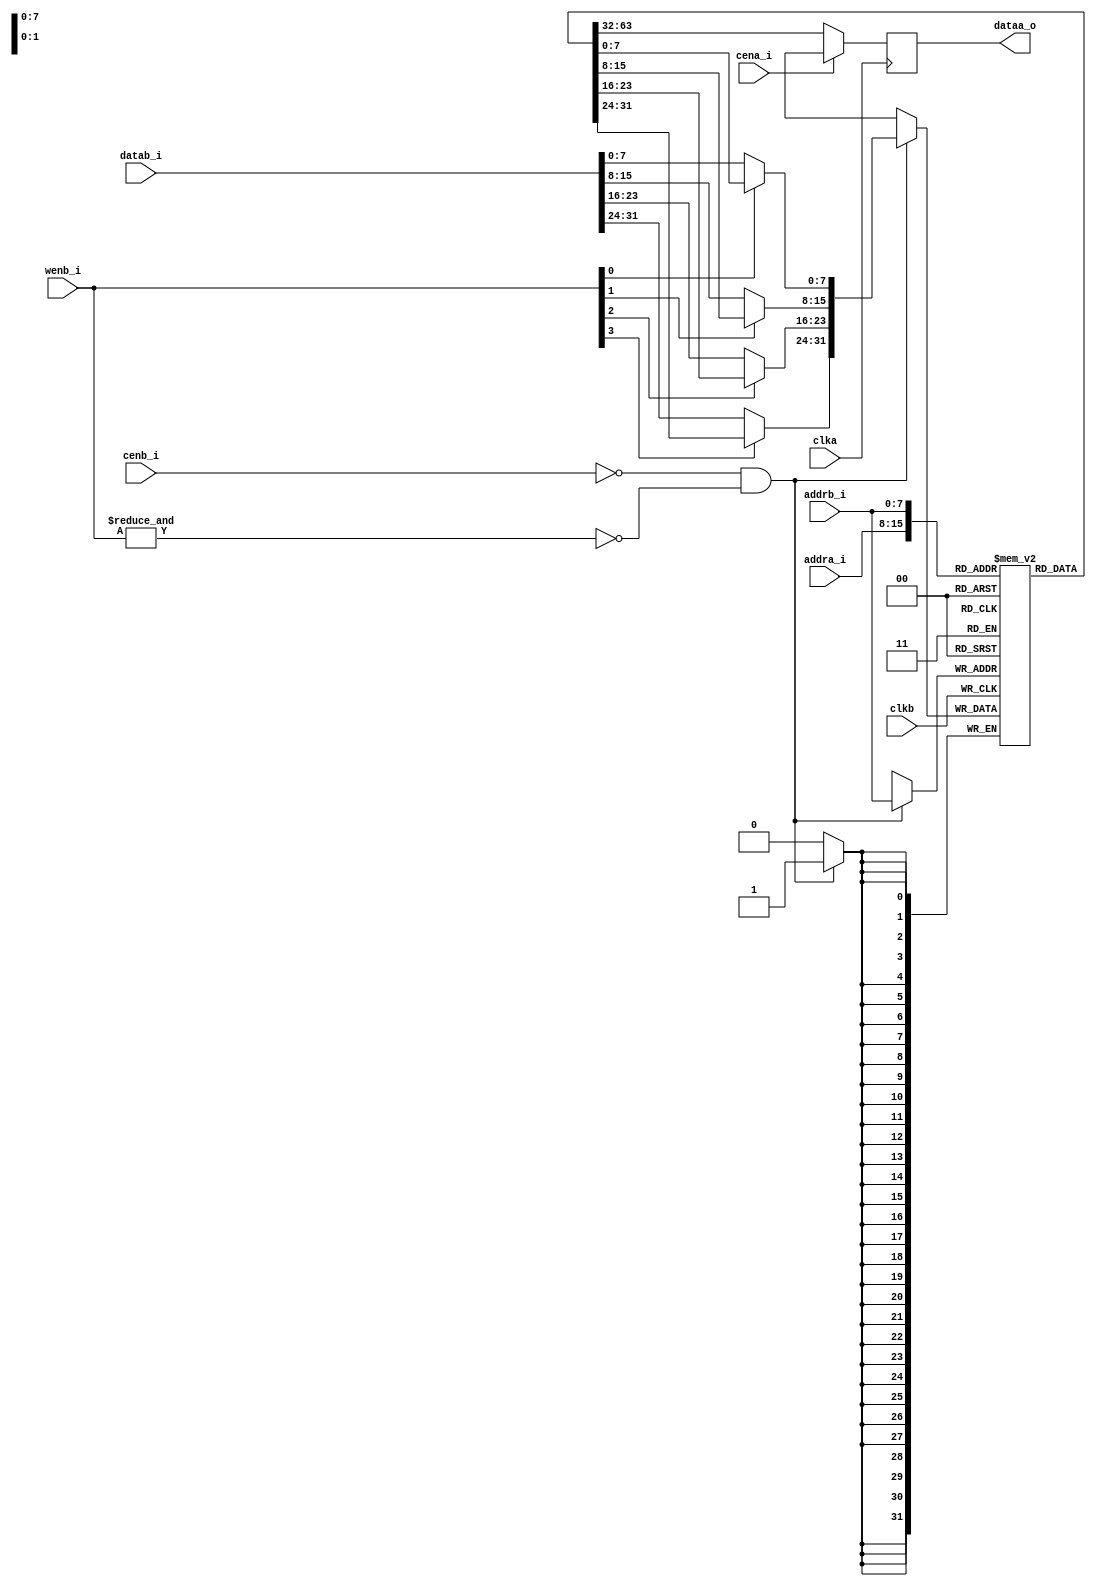
module rf_2p_be (
				clka    ,  
				cena_i  ,
		        addra_i ,
		        dataa_o ,
				clkb    ,     
				cenb_i  ,   
				wenb_i  ,   
				addrb_i	,  
				datab_i
);

// ********************************************
//                                             
//    Parameter DECLARATION                    
//                                             
// ********************************************
parameter     		Word_Width=32;
parameter	  		Addr_Width=8;
parameter			Byte_Width=(Word_Width>>3);

// ********************************************
//                                             
//    Input/Output DECLARATION                    
//                                             
// ********************************************
// A port
input                     clka;      // clock input
input   		          cena_i;    // chip enable, low active
input   [Addr_Width-1:0]  addra_i;   // address input
output	[Word_Width-1:0]  dataa_o;   // data output

// B Port
input                     clkb;      // clock input                     
input   		          cenb_i;    // chip enable, low active      
input   [Byte_Width-1:0]  wenb_i;    // write enable, low active       
input   [Addr_Width-1:0]  addrb_i;   // address input                   
input   [Word_Width-1:0]  datab_i;   // data input                     

// ********************************************
//                                             
//    Register DECLARATION                 
//                                             
// ********************************************
reg    [Word_Width-1:0]   mem_array[(1<<Addr_Width)-1:0];

// ********************************************
//                                             
//    Wire DECLARATION                 
//                                             
// ********************************************
reg	   [Word_Width-1:0]  dataa_r;

reg	   [Word_Width-1:0]  datab_w;
wire   [Word_Width-1:0]  datab_m;
// ********************************************
//                                             
//    Logic DECLARATION                 
//                                             
// ********************************************
// -- A Port --//
always @(posedge clka) begin
	if (!cena_i)
		dataa_r <= mem_array[addra_i];
	else
		dataa_r <= 'bx;
end

assign dataa_o = dataa_r;

// -- B Port --//
assign datab_m = mem_array[addrb_i];

genvar j;
generate
	for (j=0; j<Byte_Width; j=j+1) begin:j_n
		always@(*) begin
			datab_w[(j+1)*8-1:j*8] = wenb_i[j] ? datab_m[(j+1)*8-1:j*8]:datab_i[(j+1)*8-1:j*8];
		end
	end
endgenerate

always @(posedge clkb) begin                
	if(!cenb_i && !(&wenb_i)) 
		mem_array[addrb_i] <= datab_w;
end

endmodule